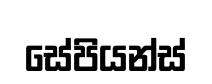
සේපියන්ස්